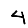
Digit: 4